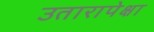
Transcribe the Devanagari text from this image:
उतारापेक्षा